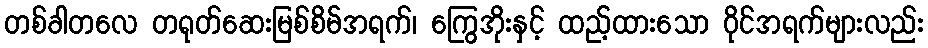
တစ်ခါတလေ တရုတ်ဆေးမြစ်စိမ်အရက်၊ ကြွေအိုးနှင့် ထည့်ထားသော ဝိုင်အရက်များလည်း